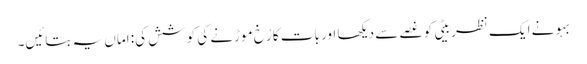
بہو نے ایک نظر بیٹی کو غصے سے دیکھا اور بات کا رُخ موڑنے کی کوشش کی: اماں یہ بتائیں۔